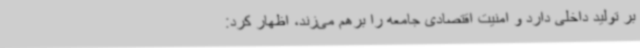
بر تولید داخلی دارد و امنیت اقتصادی جامعه را برهم می‌زند، اظهار کرد: